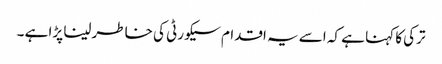
ترکی کا کہنا ہے کہ اسے یہ اقدام سیکورٹی کی خاطر لینا پڑا ہے ۔